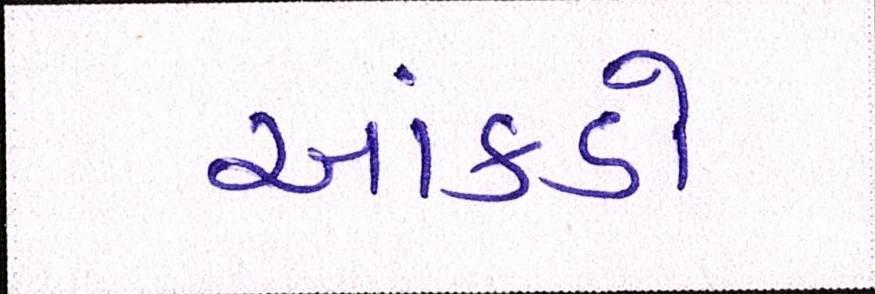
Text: આંકડો